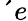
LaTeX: ´{e}